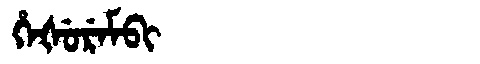
Manchu: ᡥᡝᡧᡠᡵᡝᠮᠪᡳ
Romanization: HEŠUREMBI